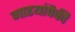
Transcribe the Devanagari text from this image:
गाडयांपैकी